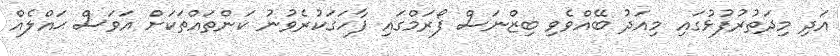
އަދި މިދަތުރުފުޅުގައި މިއަދު ބޭއްވެވި ބިޒްނަސް ފޯރަމްގައި ފާހަގަކުރެވުނު ކަންތައްތަކަށް އަވަސް ޙައްލެއް